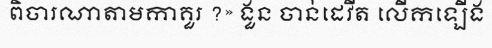
ពិចារណាតាមកាគួរ ?» ងួន ចាន់ដេវីត លើកឡើង